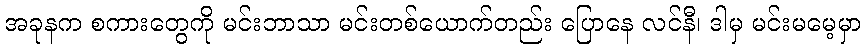
အခုနက စကားတွေကို မင်းဘာသာ မင်းတစ်ယောက်တည်း ပြောနေ လင်နီ၊ ဒါမှ မင်းမမေ့မှာ